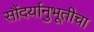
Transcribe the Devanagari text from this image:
सौंदर्यानुभूतीचा